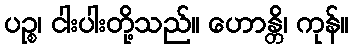
ပဉ္စ၊ ငါးပါးတို့သည်။ ဟောန္တိ၊ ကုန်။